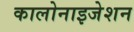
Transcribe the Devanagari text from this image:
कालोनाइजेशन